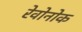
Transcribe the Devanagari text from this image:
रेवोनोक